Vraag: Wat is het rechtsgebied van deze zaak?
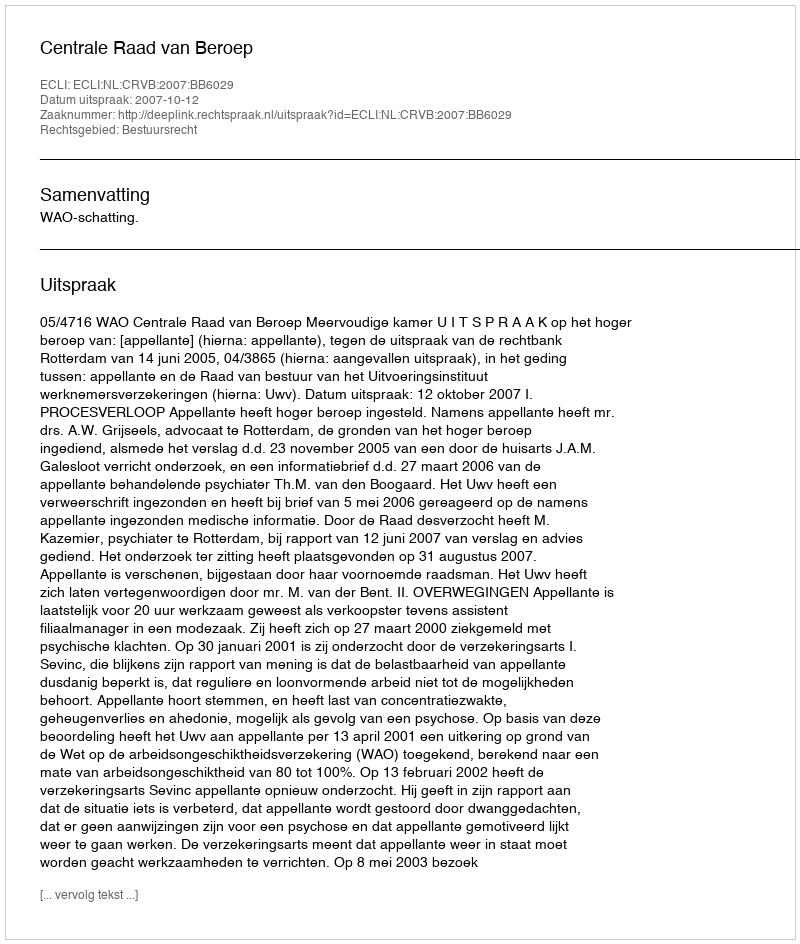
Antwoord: Bestuursrecht